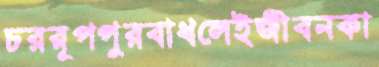
চররূপপুরবাধলেইজীবনকা